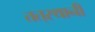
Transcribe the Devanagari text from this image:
तत्‌स्थानी